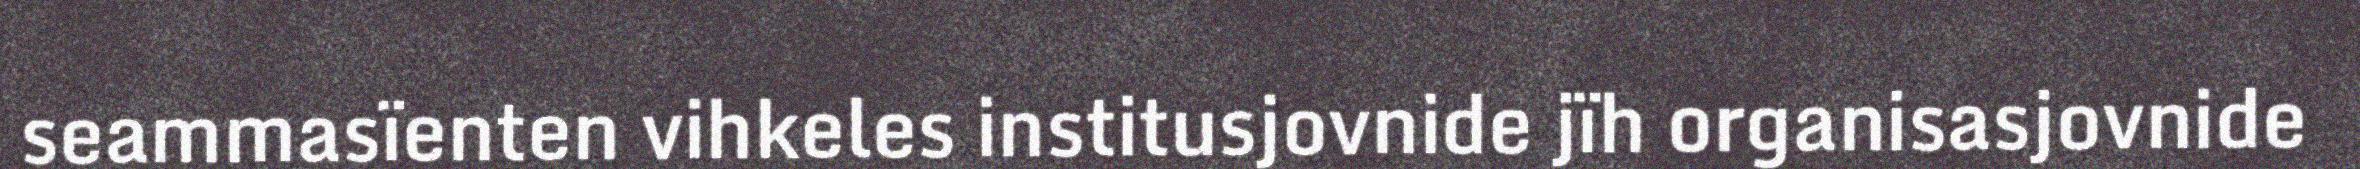
seammasïenten vihkeles institusjovnide jïh organisasjovnide